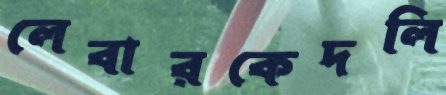
লেবারকেদলি